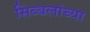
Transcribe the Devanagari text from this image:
सिब्बलांच्या